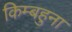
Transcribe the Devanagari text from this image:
किम्बहुना